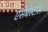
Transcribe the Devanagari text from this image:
एसेबेस्टाँस